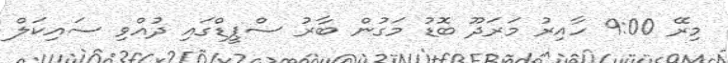
މިރޭ 9:00 ހާއިރު މަރަދޫ ބޮޑު މަގުން ބާރު ސްޕީޑްގައި ދުއްވި ސައިކަލް